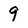
Character: 9